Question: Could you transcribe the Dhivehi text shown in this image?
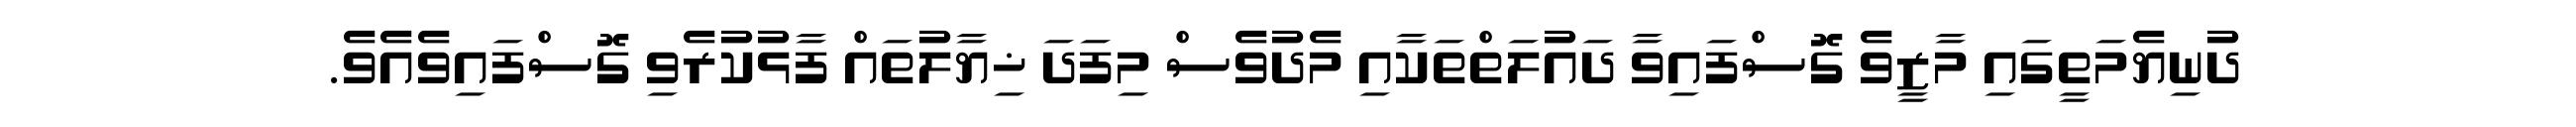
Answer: ދުނިޔެމަތީގައި މާޒީވެ ގޮސްފައިވާ ދައުލަތްތަކާއި މެދުވެސް މިފަދަ ޚިޔާލުތައް ފާޅުކުރެވި ގޮސްފައިވެއެވެ.